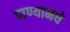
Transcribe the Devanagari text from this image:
पाण्यामधे